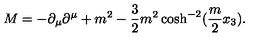
M = - \partial _ { \mu } \partial ^ { \mu } + m ^ { 2 } - \frac { 3 } { 2 } m ^ { 2 } \cosh ^ { - 2 } ( \frac { m } { 2 } x _ { 3 } ) .